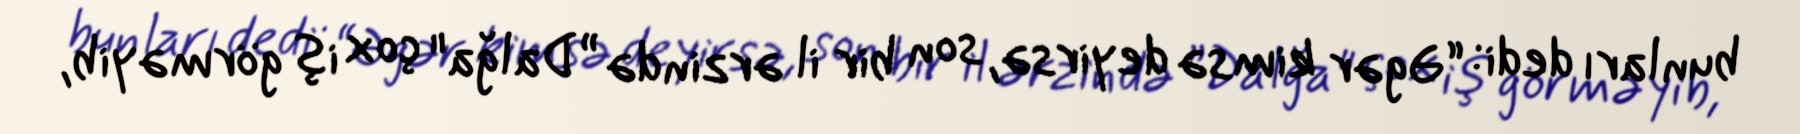
bunları dedi: “Əgər kimsə deyirsə, son bir il ərzində ”Dalğa" çox iş görməyib,